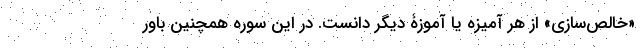
«خالص‌سازی» از هر آمیزه یا آموزۀ دیگر دانست. در این سوره همچنین باور